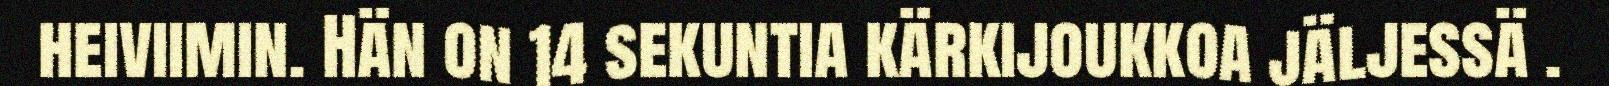
heiviimin. Hän on 14 sekuntia kärkijoukkoa jäljessä .